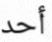
أحد